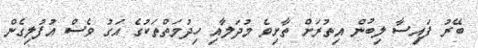
ބޭރު ފައިސާ ލިބުން އިތުރަށް ތާށިވެ މުދަލާއި ހިދުމަތްތަކުގެ އަގު ވެސް އުފުލިގެން